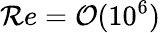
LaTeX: \mathcal{R}e=\mathcal{{O}}(10^{6})